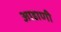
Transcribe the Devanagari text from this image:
आडाणी